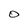
Character: 0